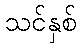
သင်နှစ်